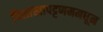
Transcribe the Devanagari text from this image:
विशाखापट्टणममधून